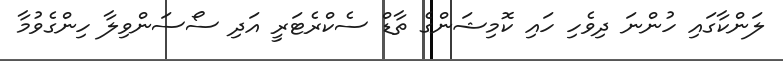
ލަންކާގައި ހުންނަ ދިވެހި ހައި ކޮމިޝަންގެ ތާޑް ސެކްރެޓަރީ އަދި ސޯސަންވިލާ ހިންގެވުމާ